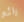
رائع